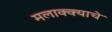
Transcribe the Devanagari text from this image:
मलाक्क्याचे